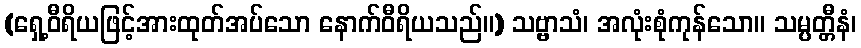
(ရှေ့ဝီရိယဖြင့်အားထုတ်အပ်သော နောက်ဝီရိယသည်။) သဗ္ဗာသံ၊ အလုံးစုံကုန်သော။ သမ္ပတ္တီနံ၊